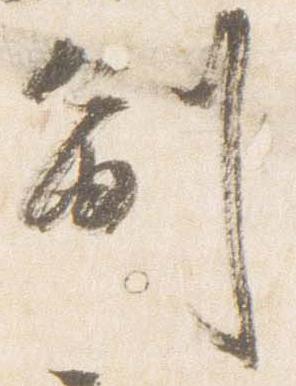
副